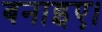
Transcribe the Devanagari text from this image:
बनाइए।